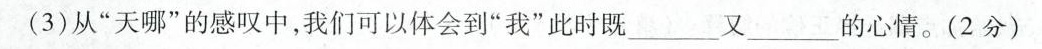
(3)从”天哪”的感叹中，我们可以体会到”我”此时既___ 又 ___的心情。(2分)